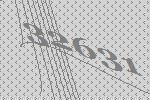
32631